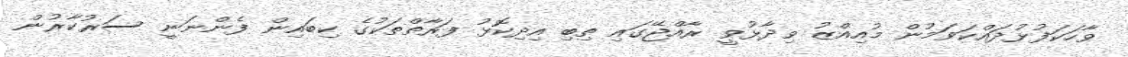
ވާހަކަފުޅުދައްކަވަމުން މުއިއްޒު ވިދާޅުވީ ރާއްޖޭގައި ތިބި އިދިކޮޅު ފަރާތްތަކުގެ ކިބައިން ފެންނަނީ ސަރުކާރުން